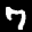
Label: 7